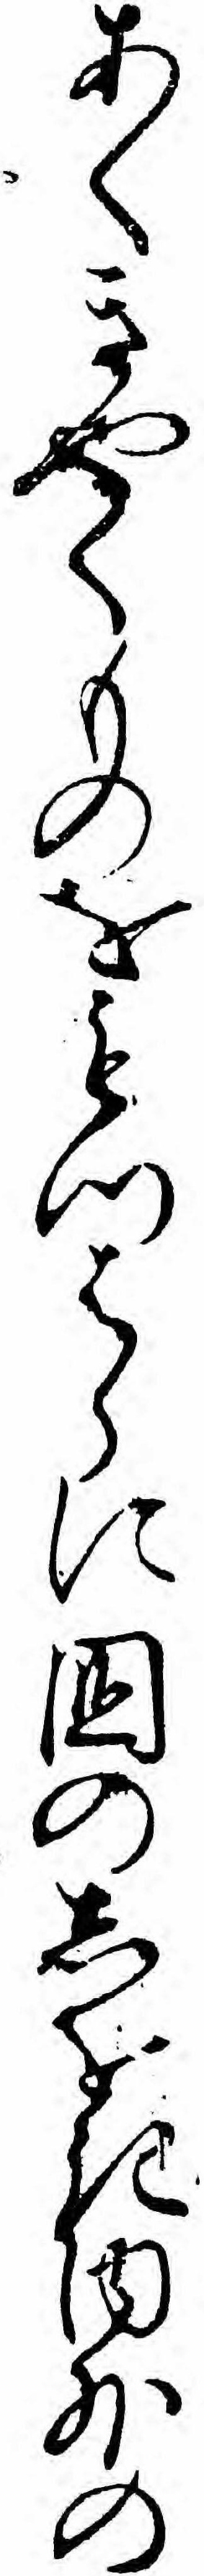
あくきやくものをもつはらに国のしをき内外の